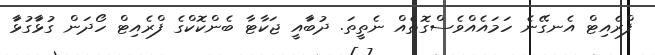
ފްރެއިޓް އެނގޭނެ ހަމައެއްވެސްގޮތެއް ނެތީތަ. ދުބަާއީ ޖަކާޓާ ބެންކޮކްގެ ފްރެއިޓް ހޯދަން ގުޅަާގުޅަާ